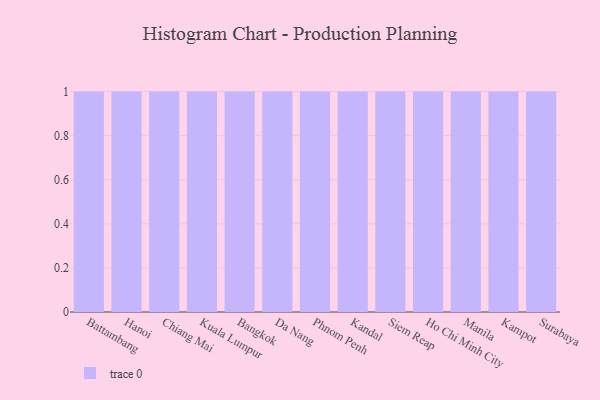
{"axis": {"x": "City", "y": "Customer Acquisition Cost (USD)"}, "legend": [""], "data": [{"x": "Battambang", "y": 31, "type": ""}, {"x": "Hanoi", "y": 80, "type": ""}, {"x": "Chiang Mai", "y": 82, "type": ""}, {"x": "Kuala Lumpur", "y": 67, "type": ""}, {"x": "Bangkok", "y": 72, "type": ""}, {"x": "Da Nang", "y": 99, "type": ""}, {"x": "Phnom Penh", "y": 5, "type": ""}, {"x": "Kandal", "y": 7, "type": ""}, {"x": "Siem Reap", "y": 83, "type": ""}, {"x": "Ho Chi Minh City", "y": 48, "type": ""}, {"x": "Manila", "y": 33, "type": ""}, {"x": "Kampot", "y": 76, "type": ""}, {"x": "Surabaya", "y": 37, "type": ""}]}